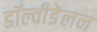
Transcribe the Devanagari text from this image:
डॉल्वीडेलन